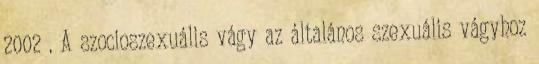
2002 . A szocioszexuális vágy az általános szexuális vágyhoz